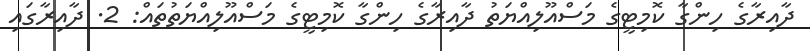
ދާއިރާގެ ހިންގާ ކޮމިޓީގެ މަސްއޫލިއްޔަތު ދާއިރާގެ ހިންގާ ކޮމިޓީގެ މަސްއޫލިއްޔަތުތައް: 2. ދާއިރާގައި